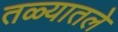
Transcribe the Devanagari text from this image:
तळ्यातले